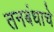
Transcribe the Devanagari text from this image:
तनबंधाचे